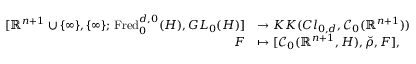
\begin{array} { r l } { [ \mathord { \mathbb { R } } ^ { n + 1 } \cup \{ \infty \} , \{ \infty \} ; \, \mathrm { F r e d } _ { 0 } ^ { d , 0 } ( H ) , G L _ { 0 } ( H ) ] } & { \rightarrow K K ( C l _ { 0 , d } , \mathcal { C } _ { 0 } ( \mathord { \mathbb { R } } ^ { n + 1 } ) ) } \\ { F } & { \mapsto [ \mathcal { C } _ { 0 } ( \mathord { \mathbb { R } } ^ { n + 1 } , H ) , \check { \rho } , F ] , } \end{array}